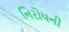
નિરોધની